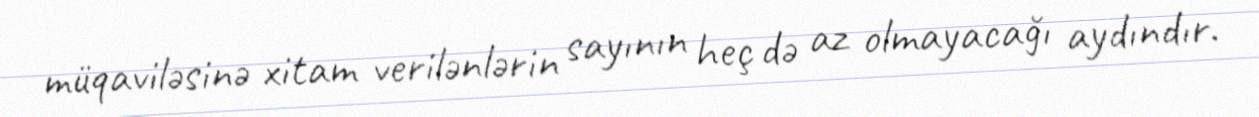
müqaviləsinə xitam verilənlərin sayının heç də az olmayacağı aydındır.